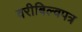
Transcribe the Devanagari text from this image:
वरीबिल्वपत्र